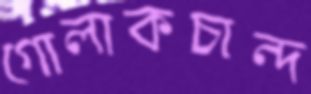
গোলাকচান্দ